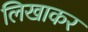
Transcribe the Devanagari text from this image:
लिखाकर